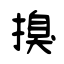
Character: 搝